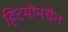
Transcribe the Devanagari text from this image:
हिटमोनचैन